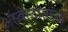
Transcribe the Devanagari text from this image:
ॲस्बेस्टोसच्या